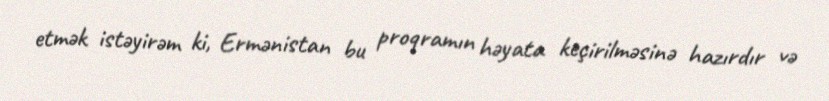
etmək istəyirəm ki, Ermənistan bu proqramın həyata keçirilməsinə hazırdır və